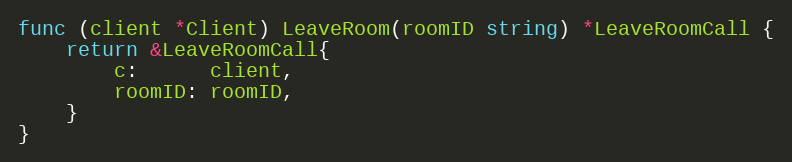
Language: Go
func (client *Client) LeaveRoom(roomID string) *LeaveRoomCall {
	return &LeaveRoomCall{
		c:      client,
		roomID: roomID,
	}
}